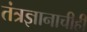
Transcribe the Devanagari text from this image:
तंत्रज्ञानाचीही